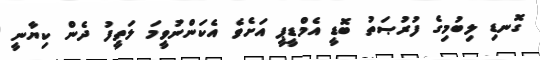
ގޮނޑި ލިބުމިގެ ފުރުޞަތު ބޮޑީ އެމްޑީޕީ އަށެވެ އެކަންނުވީމަ ލަތީފު ދެން ކިޔާނީ